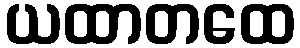
ယထာတထေ